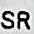
SR